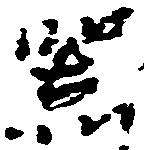
器